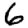
Digit: 6